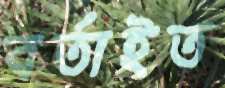
বর্তাইত